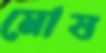
মোষ